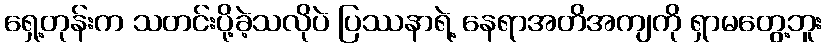
ရှေ့တုန်းက သတင်းပို့ခဲ့သလိုပဲ ပြဿနာရဲ့ နေရာအတိအကျကို ရှာမတွေ့ဘူး